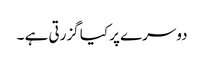
دوسرے پر کیا گزرتی ہے ۔